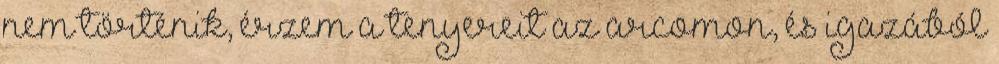
nem történik, érzem a tenyereit az arcomon, és igazából